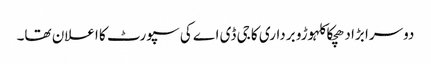
دوسرا بڑا دھچکا کلہوڑو برداری کا جی ڈی اے کی سپورٹ کا اعلان تھا۔